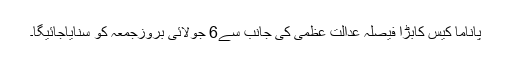
پاناما کیس کابڑا فیصلہ عدالت عظمیٰ کی جانب سے6 جولائی بروزجمعہ کو سنایاجائیگا۔